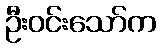
ဦးဝင်းသော်က